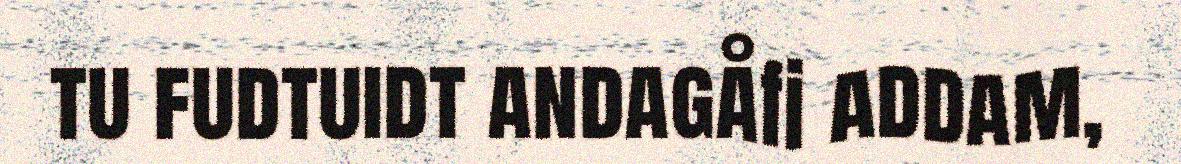
tu fudtuidt andagåfi addam,